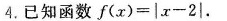
4.已知函数$$f ( x ) = | x - 2 |$$.